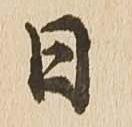
日